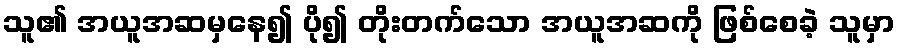
သူ၏ အယူအဆမှနေ၍ ပို၍ တိုးတက်သော အယူအဆကို ဖြစ်စေခဲ့ သူမှာ